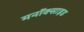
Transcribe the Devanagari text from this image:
मनॉक्साइड